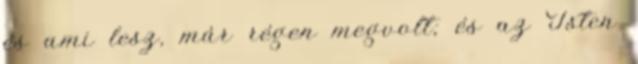
és ami lesz, már régen megvolt; és az Isten